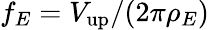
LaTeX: f_{E}=V_{\mathrm{up}}/(2\pi\rho_{E})